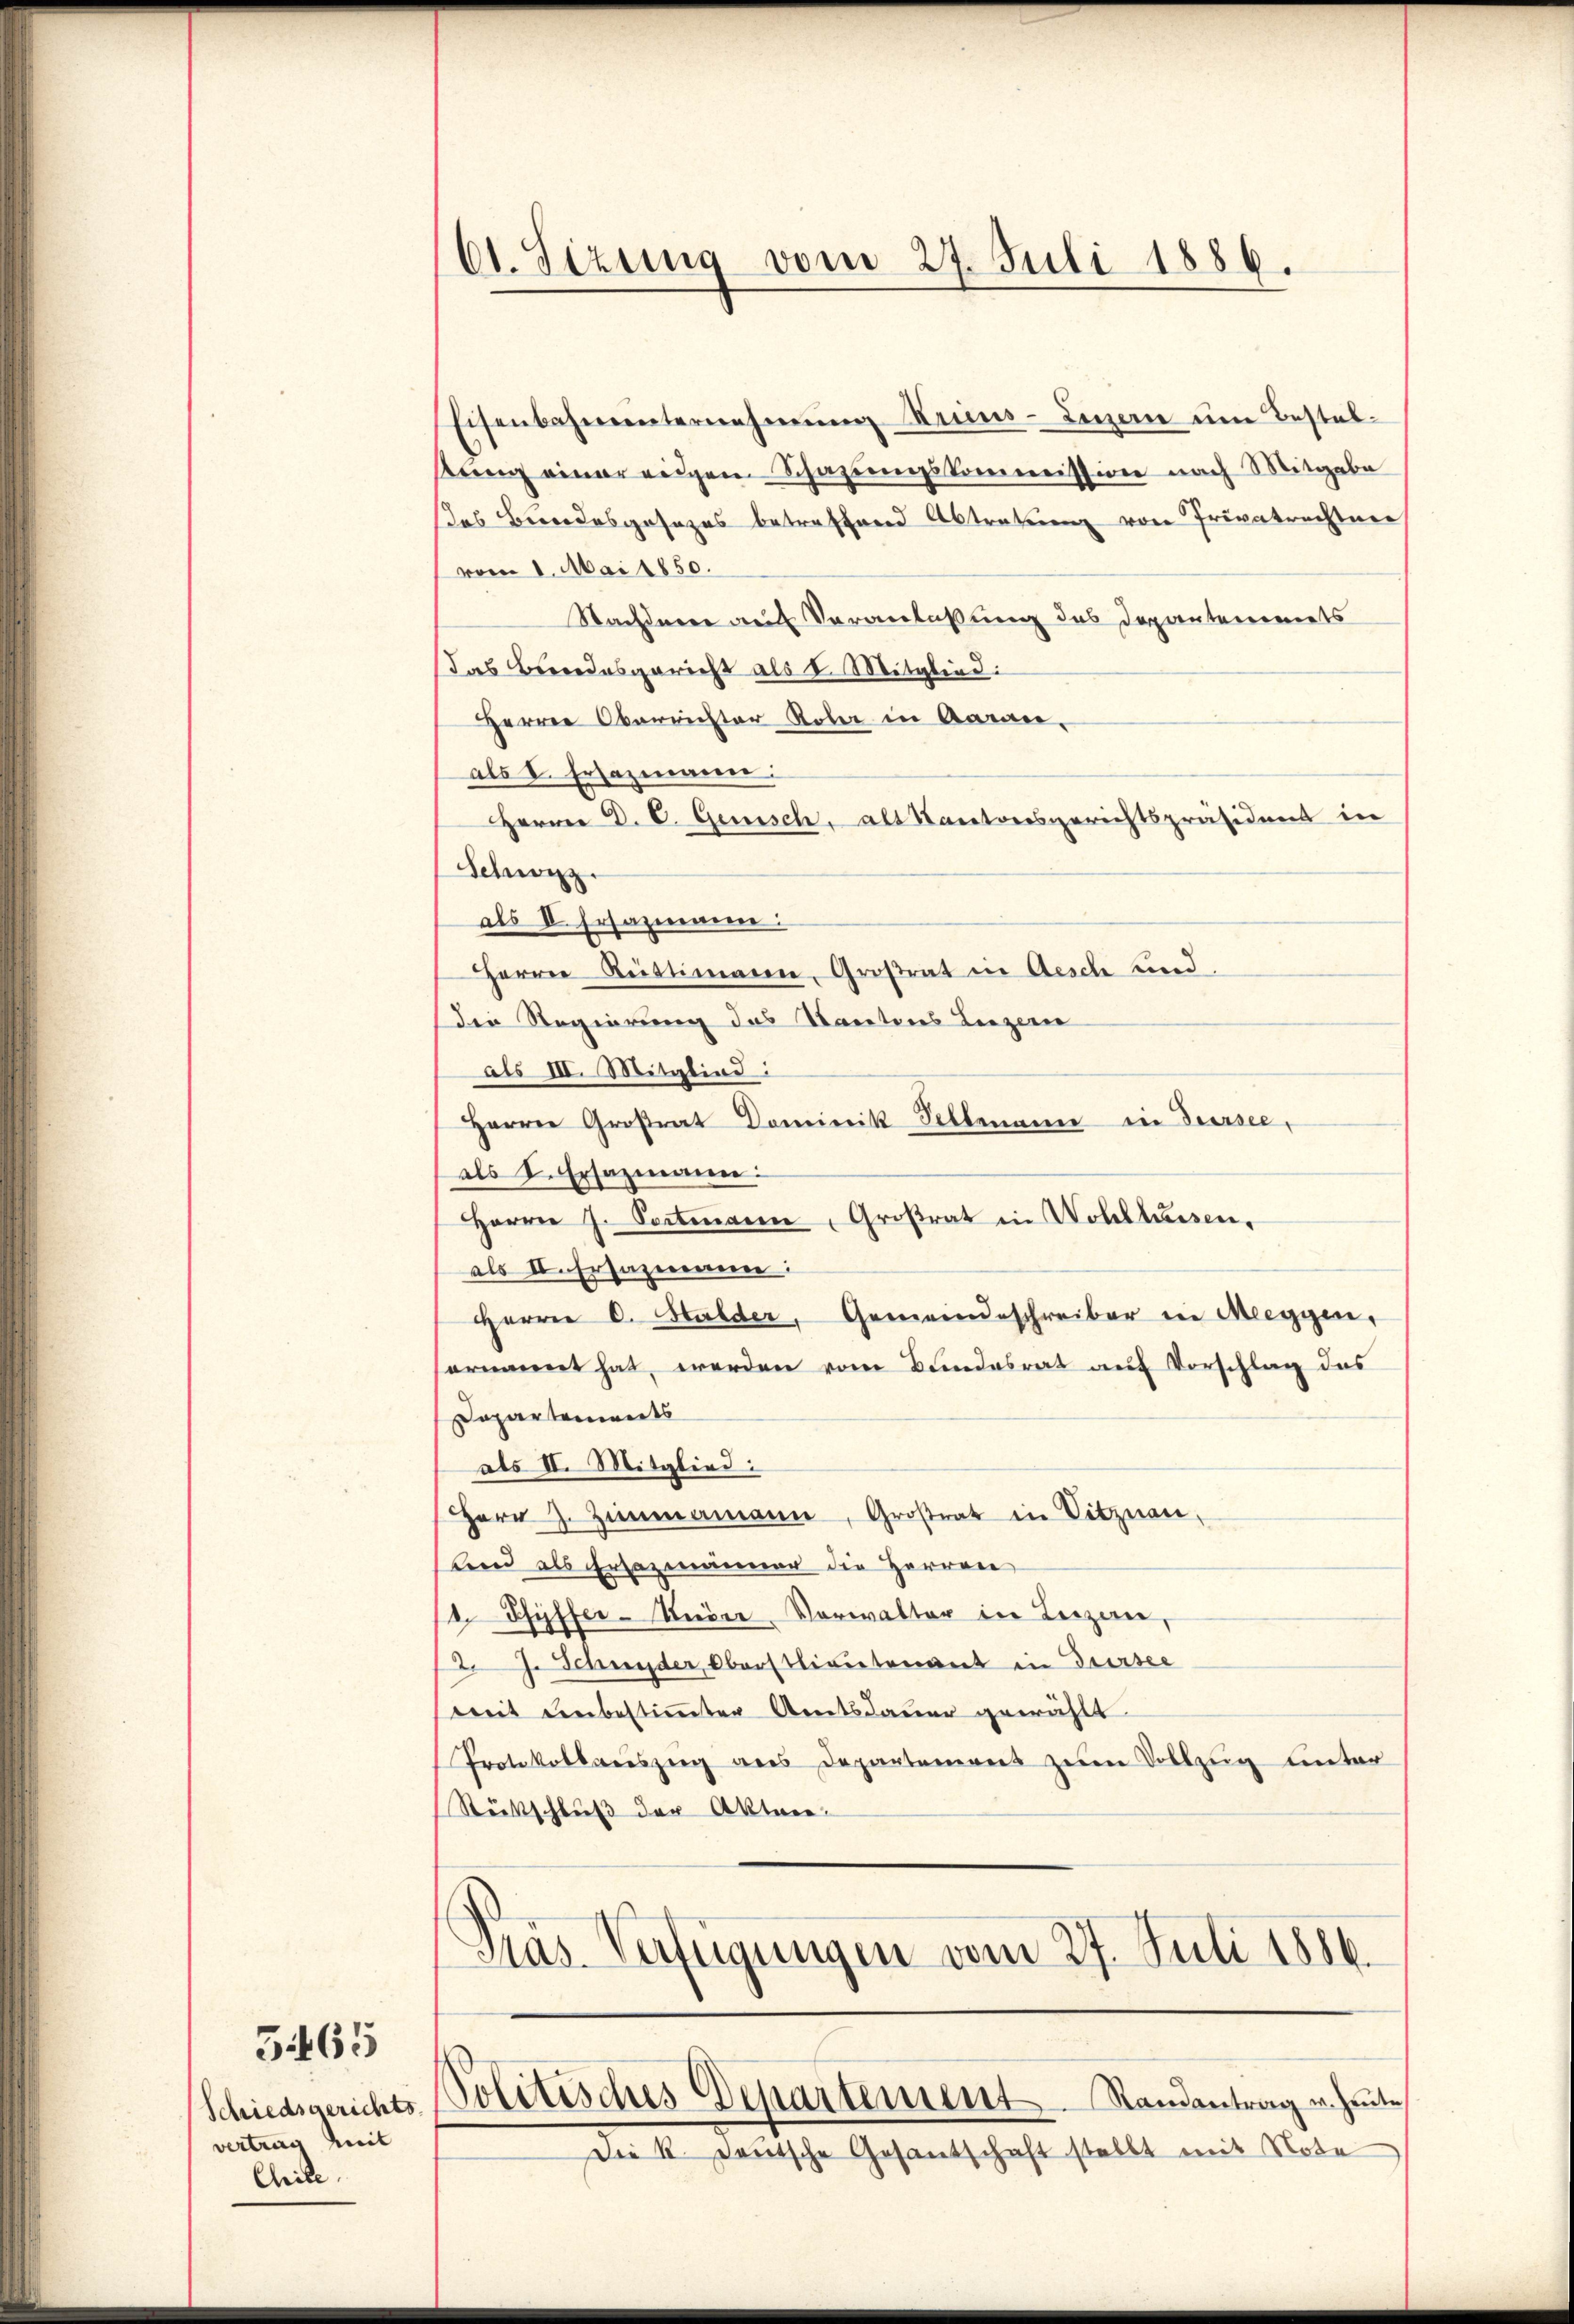
5465

vertrag zeit
Chile

61. Sizung vom 27. Juli 1886.

Eisenbahnunternehmung Krims-Lizen um Bestelsŭng einer eigen Schazungskommission nach Mitgabe
as Berodesgesezes betreffend Abtretung von Privatrechten
vom 1. Mai 1850.
Stachnee auf Veranlaßung des Depantenimets
Das Beendesgericht als I. Mitglied:
Herren Oberrichter Rober in Garan,
als I. Ersazmann:
Herrn D. C. Gemisch, als Kantonsgerichtspräsidens in
Schwarz
als II. Ersazmann.
Herrn Rustimanen, Großrat in Aesch und
Die Regierung des Kantons Luzern
als III. Mitglied:
Herrn Großrat Dominik Sellmann in Sursee,
als L. Ersammen:
Herrn J. Seitenann, Großrat in Wohllausen,
als II. Ersazmann:
Herrn C. Halder, Gemeindeschreiber in Meeggen,
ernannt hat werden vom Bundesrat auf Vorschlag des
Departements
als II. Mitglied:
Herr J. Zimmamann, Großrat in Vitznau,
Land als Ersazmänner die Herren
 Pfyffer-Meier Vorwalter in Luzern,
2 J. Schnyder Oberstlieutenant in Sursee
weit unbestimmter Amtsdauer gewählt
Protokollauszeig aus Departement zum Vollzug unter
Stütschluß der Akten-

Präs. Verfügungen vom 27. Juli 1886.

Schiedsgerichts Politisches Departement. Randantrag u. Heute

Die K. Deutsche Gesantschaft stellt mit Note